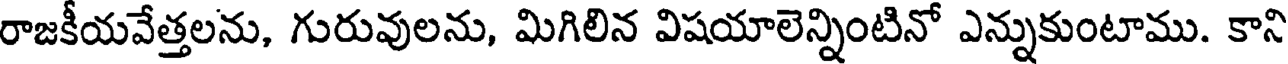
రాజకీయవేత్తలను, గురువులను, మిగిలిన విషయాలెన్నింటినో ఎన్నుకుంటాము. కాని